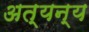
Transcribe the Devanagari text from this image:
अत्यन्य